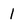
Character: 1